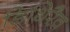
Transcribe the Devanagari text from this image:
डिथिरैव